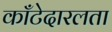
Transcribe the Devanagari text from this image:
काँटेदारलता